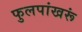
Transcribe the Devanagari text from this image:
फुलपांखरूं